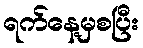
ရက်နေ့မှစပြီး